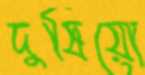
দুষিয়ো